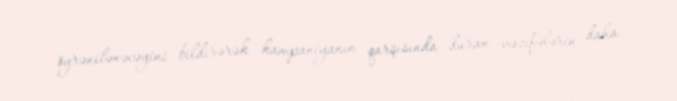
öyrənilənəcəyini bildirərək kampaniyanın qarşısında duran vəzifələrin daha